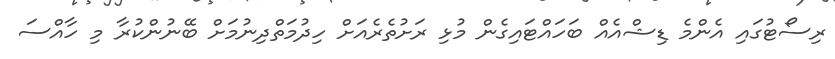
ރިސޯޓުގައި އެންމެ ޑިޝްއެއް ބަހައްޓައިގެން މުޅި ރަށުތެރެއަށް ހިދުމަތްދިނުމަށް ބޭނުންކުރާ މި ހާއްސަ